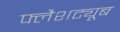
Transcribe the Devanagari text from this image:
फ्लैशट्यूब